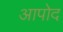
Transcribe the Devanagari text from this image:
आपोद